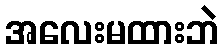
အလေးမထားဘဲ